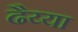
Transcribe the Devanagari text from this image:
ढैय्या